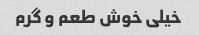
خیلی خوش طعم و گرم